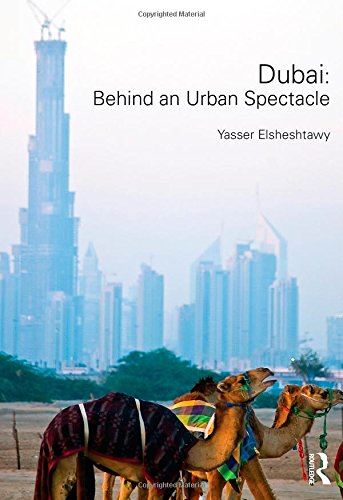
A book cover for Dubai: Behind an Urban Spectacle (Planning, History and Environment Series); Yasser Elsheshtawy; History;